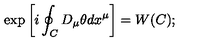
\exp \left[ i \oint _ { C } D _ { \mu } \theta d x ^ { \mu } \right] = W ( C ) ;